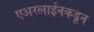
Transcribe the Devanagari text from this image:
एअरलाईनकडून